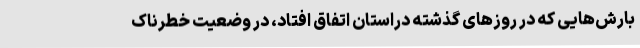
بارش‌هایی که در روزهای گذشته دراستان اتفاق افتاد، در وضعیت خطرناک